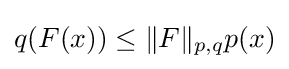
q(F(x))\leq \|F\|_{p,q}p(x)